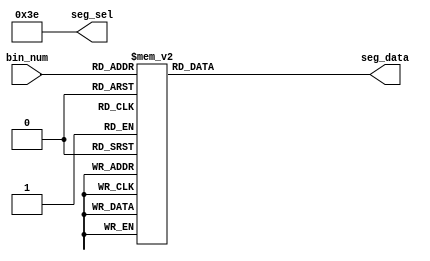
module seg_test(
    input[3:0]      bin_num,
    output[5:0]     seg_sel,
    output[7:0]     seg_data
);

reg[7:0]			seg_data_0;
reg[5:0]			seg_sel_0;
assign			seg_data = seg_data_0;
assign			seg_sel = seg_sel_0;

always@(*)
begin
	seg_sel_0 <= 6'b111110;
	case(bin_num)
		4'd0:seg_data_0 <= 8'b1100_0000;
		4'd1:seg_data_0 <= 8'b1111_1001;
		4'd2:seg_data_0 <= 8'b1010_0100;
		4'd3:seg_data_0 <= 8'b1011_0000;
		4'd4:seg_data_0 <= 8'b1001_1001;
		4'd5:seg_data_0 <= 8'b1001_0010;
		4'd6:seg_data_0 <= 8'b1000_0010;
		4'd7:seg_data_0 <= 8'b1111_1000;
		4'd8:seg_data_0 <= 8'b1000_0000;
		4'd9:seg_data_0 <= 8'b1001_0000;
		4'ha:seg_data_0 <= 8'b1000_1000;
		4'hb:seg_data_0 <= 8'b1000_0011;
		4'hc:seg_data_0 <= 8'b1100_0110;
		4'hd:seg_data_0 <= 8'b1010_0001;
		4'he:seg_data_0 <= 8'b1000_0110;
		4'hf:seg_data_0 <= 8'b1000_1110;
		default:seg_data_0 <= 8'b1111_1111;
	endcase
end

endmodule